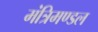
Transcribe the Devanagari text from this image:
मंत्रिमण्‍डल